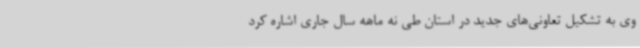
وی به تشکیل تعاونی‌های جدید در استان طی نه ماهه سال جاری اشاره کرد